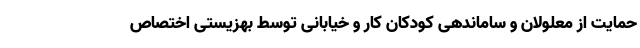
حمایت از معلولان و ساماندهی کودکان کار و خیابانی توسط بهزیستی اختصاص